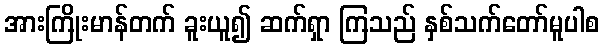
အားကြိုးမာန်တက် ခူးယူ၍ ဆက်ရှာ ကြသည် နှစ်သက်တော်မူပါစ